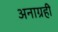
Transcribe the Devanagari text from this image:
अनाग्रही